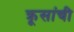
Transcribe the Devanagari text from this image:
क्रूसांची